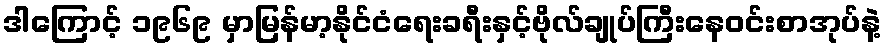
ဒါကြောင့် ၁၉၆၉ မှာမြန်မာ့နိုင်ငံရေးခရီးနှင့်ဗိုလ်ချုပ်ကြီးနေဝင်းစာအုပ်နဲ့